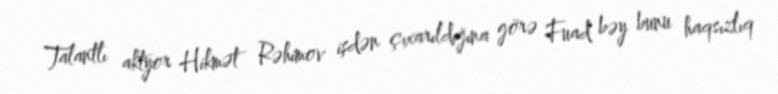
Talantlı aktyor Hikmət Rəhimov işdən çıxarıldığına görə Fuad bəy bunu haqsızlıq